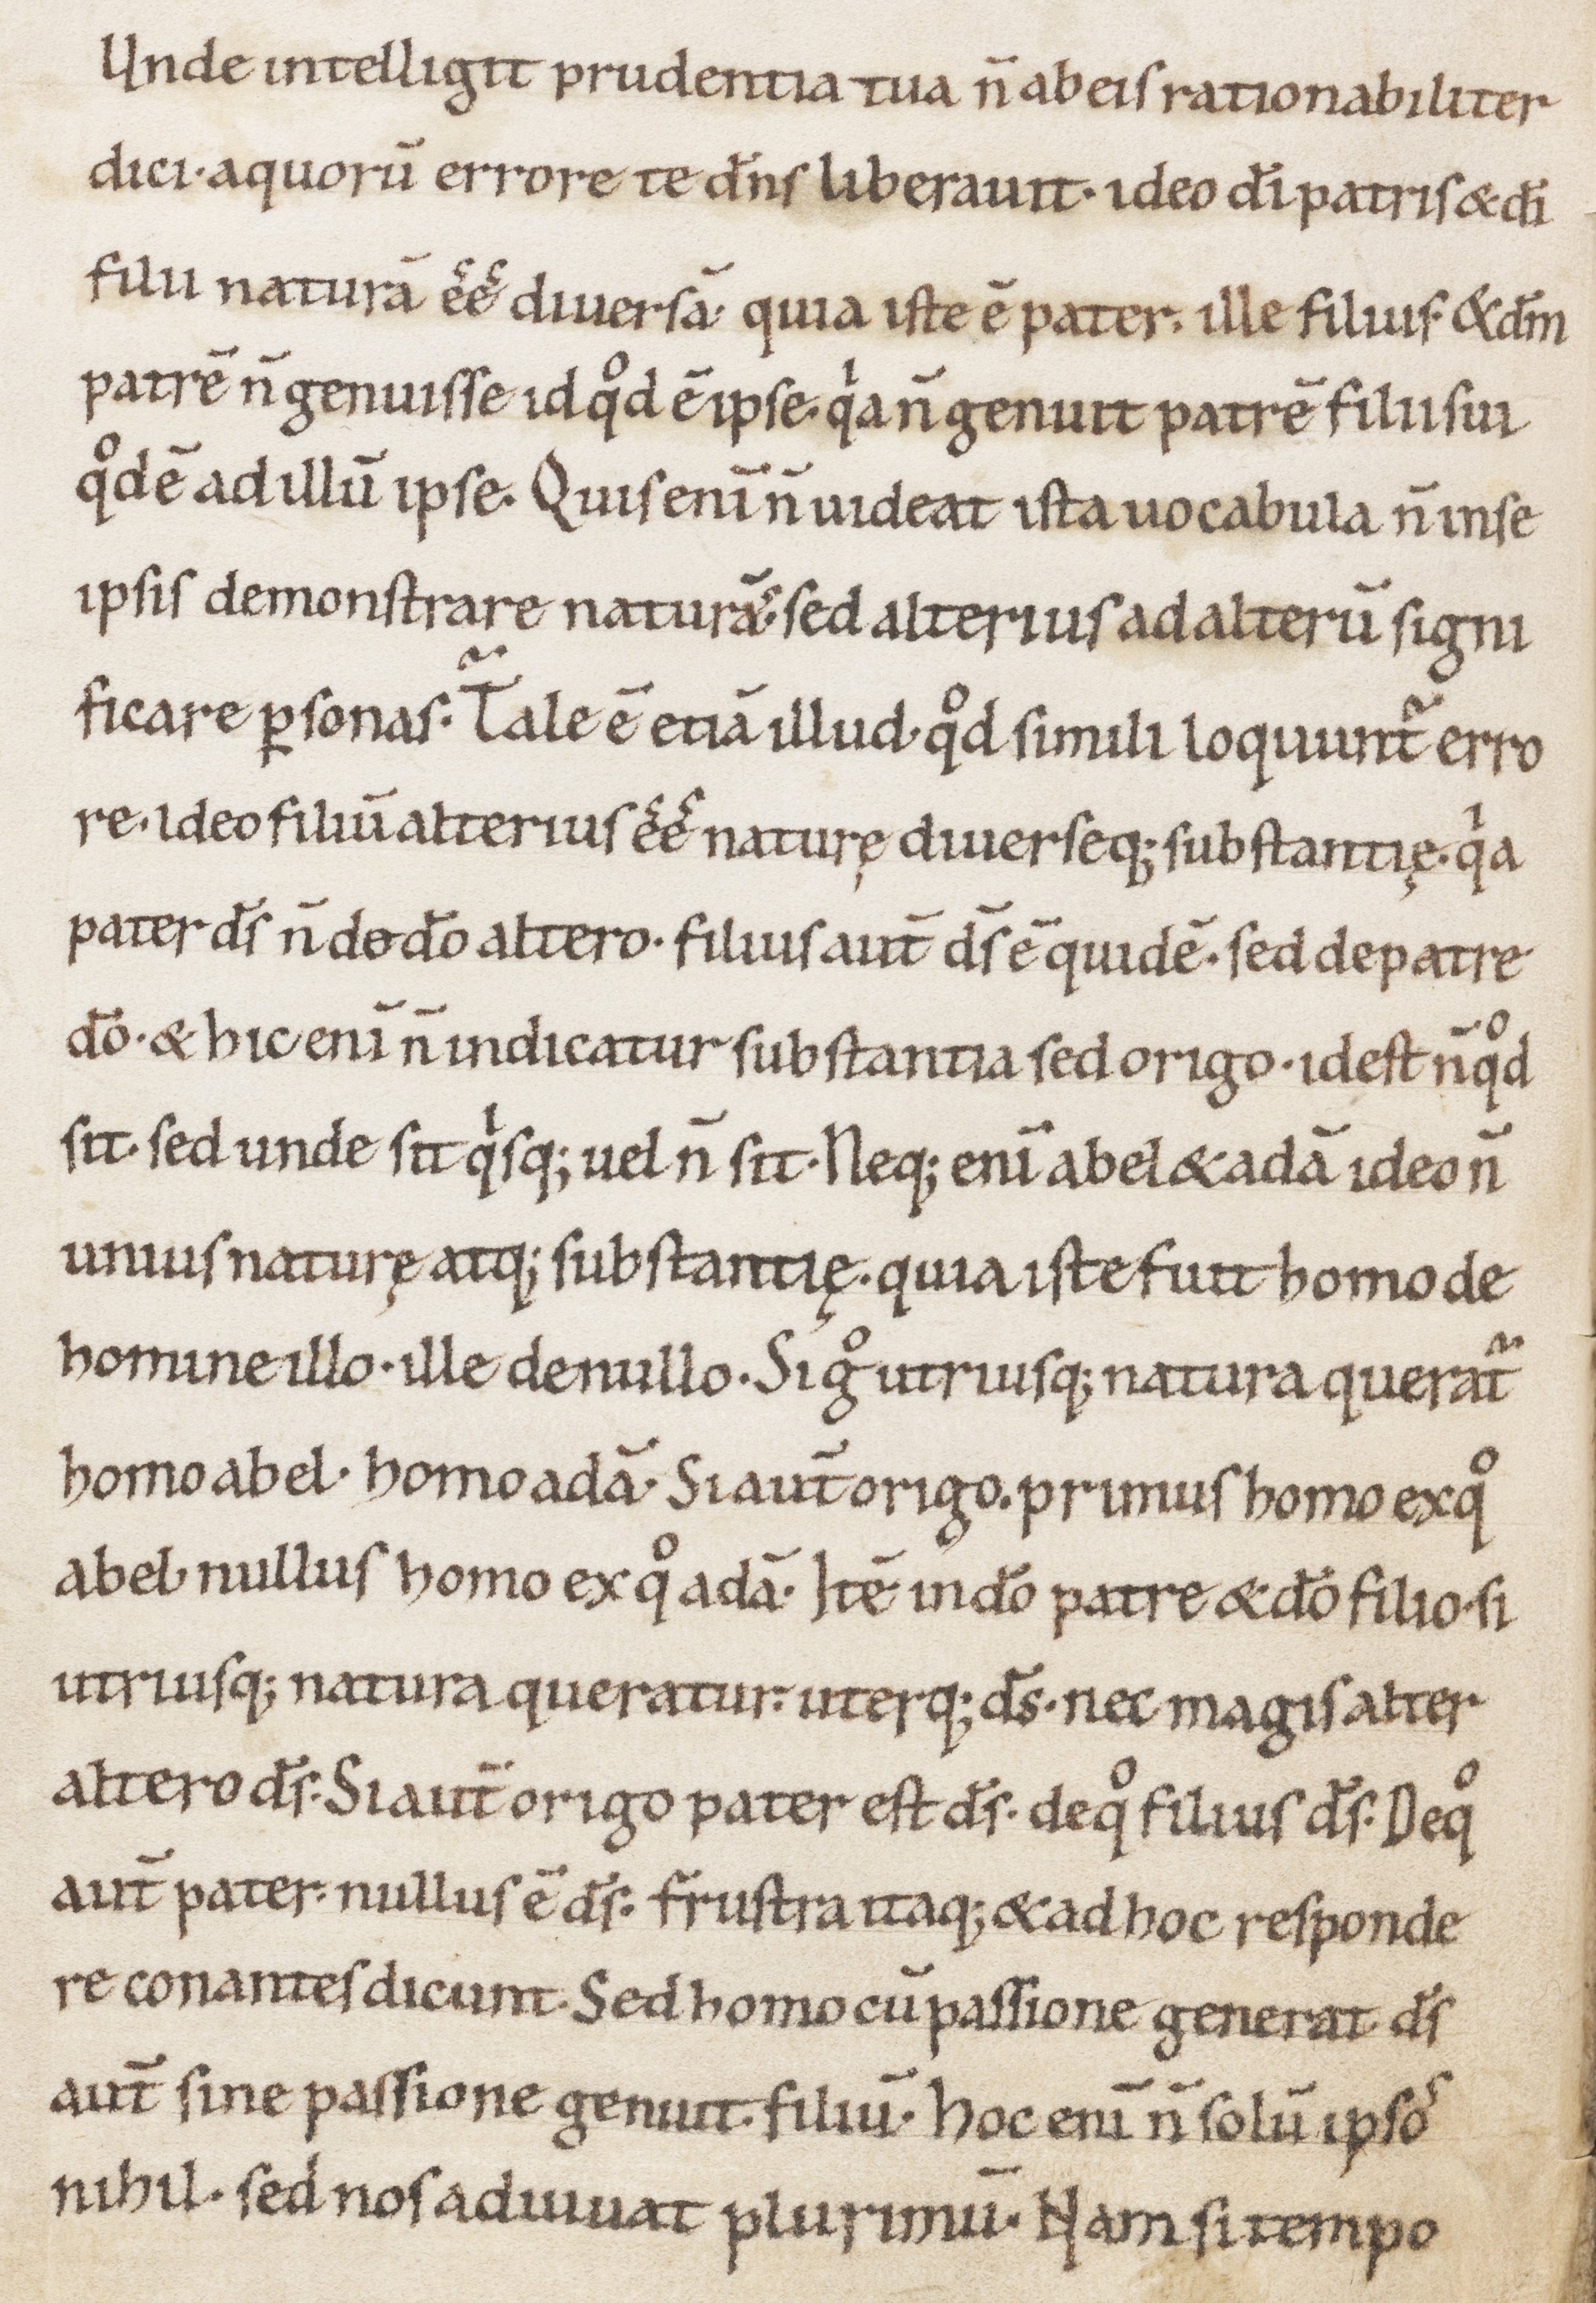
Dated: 1000–1099